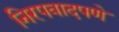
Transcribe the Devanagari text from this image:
निरपवादपणे